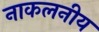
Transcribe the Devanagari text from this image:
नाकलनीय